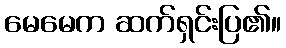
မေမေက ဆက်ရှင်းပြ၏။